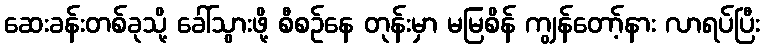
ဆေးခန်းတစ်ခုသို့ ခေါ်သွားဖို့ စီစဉ်နေ တုန်းမှာ မမြစိန် ကျွန်တော့်နား လာရပ်ပြီး